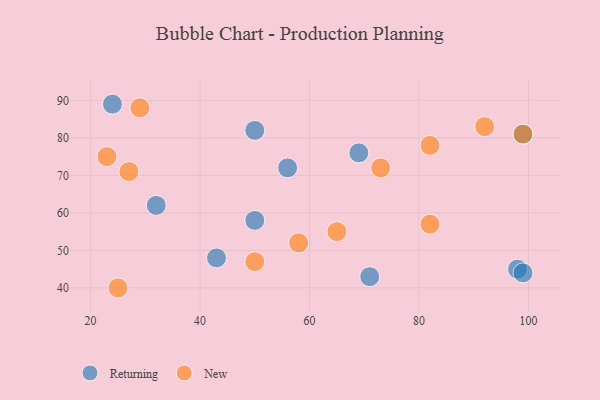
{"axis": {"x": "GDP", "y": "Life Expectancy"}, "legend": ["New", "Returning"], "data": [{"x": "99", "y": 81, "type": "Returning"}, {"x": "71", "y": 43, "type": "Returning"}, {"x": "69", "y": 76, "type": "Returning"}, {"x": "50", "y": 82, "type": "Returning"}, {"x": "32", "y": 62, "type": "Returning"}, {"x": "98", "y": 45, "type": "Returning"}, {"x": "56", "y": 72, "type": "Returning"}, {"x": "50", "y": 58, "type": "Returning"}, {"x": "43", "y": 48, "type": "Returning"}, {"x": "99", "y": 44, "type": "Returning"}, {"x": "24", "y": 89, "type": "Returning"}, {"x": "50", "y": 47, "type": "New"}, {"x": "82", "y": 57, "type": "New"}, {"x": "92", "y": 83, "type": "New"}, {"x": "99", "y": 81, "type": "New"}, {"x": "82", "y": 78, "type": "New"}, {"x": "58", "y": 52, "type": "New"}, {"x": "73", "y": 72, "type": "New"}, {"x": "23", "y": 75, "type": "New"}, {"x": "65", "y": 55, "type": "New"}, {"x": "29", "y": 88, "type": "New"}, {"x": "25", "y": 40, "type": "New"}, {"x": "27", "y": 71, "type": "New"}]}